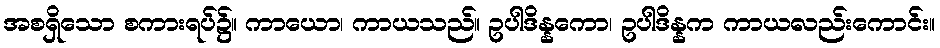
အစရှိသော စကားရပ်၌။ ကာယော၊ ကာယသည်။ ဥပါဒိန္နကော၊ ဥပါဒိန္နက ကာယလည်းကောင်း။